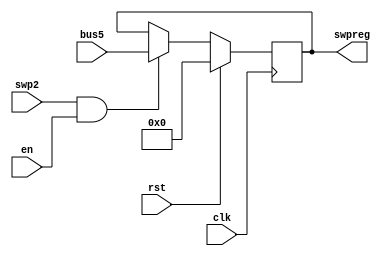
`timescale 1ns / 1ps
//////////////////////////////////////////////////////////////////////////////////
// Company: 
// Engineer: 
// 
// Design Name: 
// Module Name:    R13 
// Project Name: 
// Target Devices: 
// Tool versions: 
// Description: 
//
// Dependencies: 
//
// Revision: 
// Revision 0.01 - File Created
// Additional Comments: 
//
//////////////////////////////////////////////////////////////////////////////////
module R13(swpreg,bus5,en,rst,swp2,clk
    );
input en,rst,swp2;
input clk;
input [17:0] bus5;
output [17:0] swpreg;

reg [17:0] swpreg=18'd0;

always @ (negedge clk) begin
	if (rst)
		swpreg<=18'd0;

	else if (swp2 & en)
	swpreg<= bus5;

end
		
endmodule